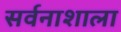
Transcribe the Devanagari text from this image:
सर्वनाशाला